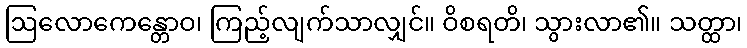
ဩလောကေန္တောဝ၊ ကြည့်လျက်သာလျှင်။ ဝိစရတိ၊ သွားလာ၏။ သတ္ထာ၊